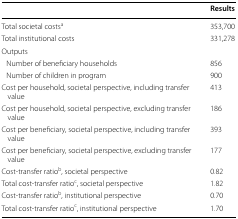
<table><thead><tr><td></td><td><b>Results</b></td></tr></thead><tbody><tr><td>Total societal costs<sup>a</sup></td><td>353,700</td></tr><tr><td>Total institutional costs</td><td>331,278</td></tr><tr><td colspan="2">Outputs</td></tr><tr><td> Number of beneficiary households</td><td>856</td></tr><tr><td> Number of children in program</td><td>900</td></tr><tr><td>Cost per household, societal perspective, including transfer value</td><td>413</td></tr><tr><td>Cost per household, societal perspective, excluding transfer value</td><td>186</td></tr><tr><td>Cost per beneficiary, societal perspective, including transfer value</td><td>393</td></tr><tr><td>Cost per beneficiary, societal perspective, excluding transfer value</td><td>177</td></tr><tr><td>Cost-transfer ratio<sup>b</sup>, societal perspective</td><td>0.82</td></tr><tr><td>Total cost-transfer ratio<sup>c</sup>, societal perspective</td><td>1.82</td></tr><tr><td>Cost-transfer ratio<sup>b</sup>, institutional perspective</td><td>0.70</td></tr><tr><td>Total cost-transfer ratio<sup>c</sup>, institutional perspective</td><td>1.70</td></tr></tbody></table>